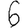
Digit: 6